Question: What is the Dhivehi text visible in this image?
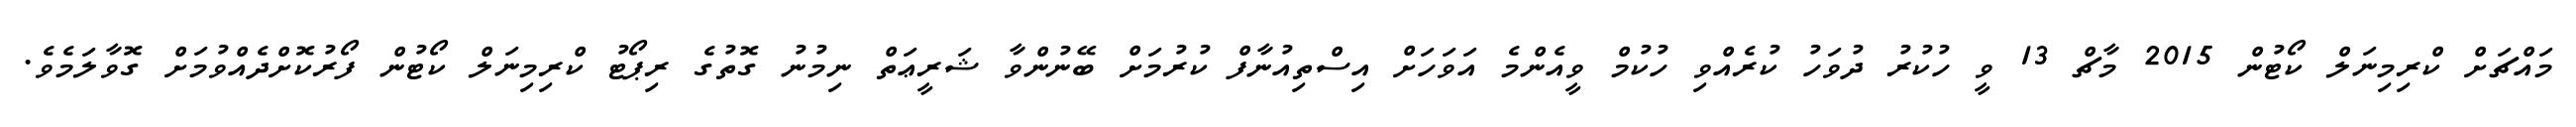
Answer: މައްޗަށް ކްރިމިނަލް ކޯޓުން 2015 މާޗް 13 ވީ ހުކުރު ދުވަހު ކުރެއްވި ހުކުމް ވީއެންމެ އަވަހަށް އިސްތިއުނާފް ކުރުމަށް ބޭނުންވާ ޝަރީޢަތް ނިމުނު ގޮތުގެ ރިޕޯޓު ކްރިމިނަލް ކޯޓުން ފޯރުކޮށްދެއްވުމަށް ގޮވާލަމެވެ.